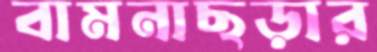
বামনাছড়ার